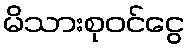
မိသားစုဝင်ငွေ